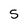
Character: 5